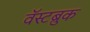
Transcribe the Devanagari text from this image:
वॅस्टब्रुक